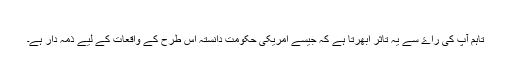
​
تاہم آپ کی راۓ سے يہ تاثر ابھرتا ہے کہ جيسے امريکی حکومت دانستہ اس طرح کے واقعات کے ليے ذمہ دار ہے۔